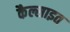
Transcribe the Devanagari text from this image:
कैल्साइत